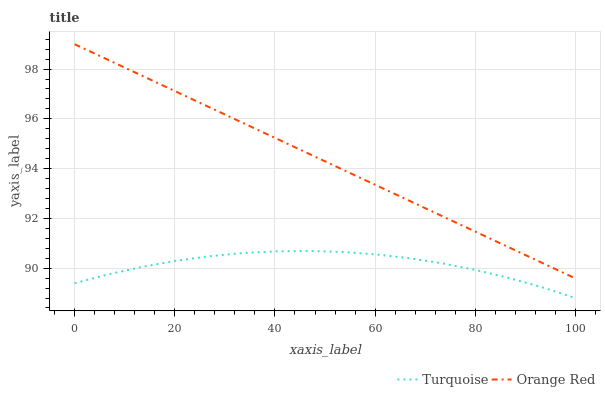
| xaxis_label | Turquoise | Orange Red |
 | --- | --- | --- |
 | 0 | 89.4 | 99 |
 | 6.67 | 89.7 | 98.4 |
 | 13.3 | 90 | 97.7 |
 | 20 | 90.3 | 97.1 |
 | 26.7 | 90.5 | 96.5 |
 | 33.3 | 90.6 | 95.9 |
 | 40 | 90.7 | 95.2 |
 | 46.7 | 90.7 | 94.6 |
 | 53.3 | 90.7 | 94 |
 | 60 | 90.6 | 93.4 |
 | 66.7 | 90.4 | 92.7 |
 | 73.3 | 90.2 | 92.1 |
 | 80 | 89.9 | 91.5 |
 | 86.7 | 89.6 | 90.8 |
 | 93.3 | 89.2 | 90.2 |
 | 100 | 88.8 | 89.6 |